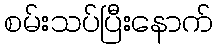
စမ်းသပ်ပြီးနောက်